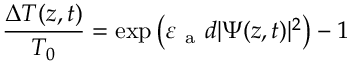
\frac { \Delta T ( z , t ) } { T _ { 0 } } = \exp { \left( \varepsilon _ { \mathrm { ~ a ~ } } d | \Psi ( z , t ) | ^ { 2 } \right) } - 1